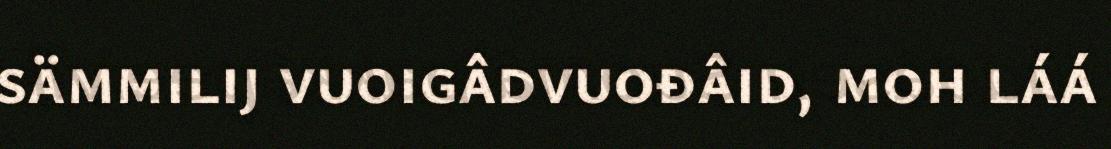
sämmilij vuoigâdvuođâid, moh láá